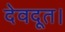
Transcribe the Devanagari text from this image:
देवदूत।